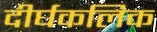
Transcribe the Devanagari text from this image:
दीर्घकलिक